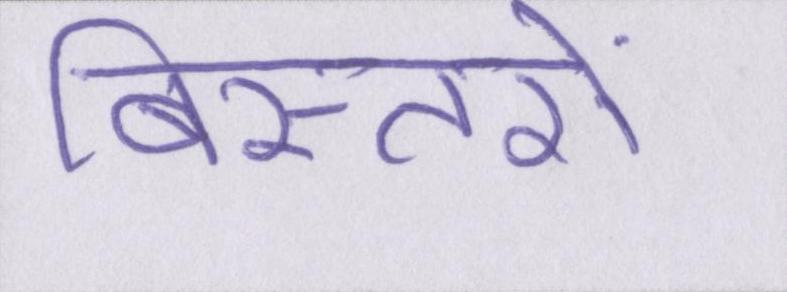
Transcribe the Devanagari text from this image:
बिस्तरों